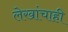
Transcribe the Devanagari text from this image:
लेखांचाही